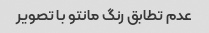
عدم تطابق رنگ مانتو با تصویر